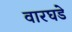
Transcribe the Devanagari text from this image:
वारघडे